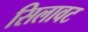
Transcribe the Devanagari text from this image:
सिलावट